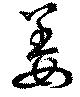
姜